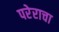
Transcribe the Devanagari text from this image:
परेराचा